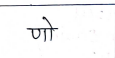
मजकूर: णो